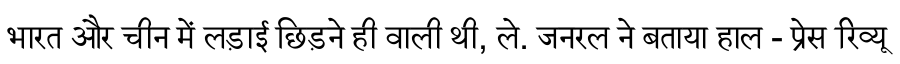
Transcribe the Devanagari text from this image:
भारत और चीन में लड़ाई छिड़ने ही वाली थी, ले. जनरल ने बताया हाल - प्रेस रिव्यू